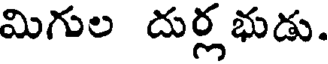
మిగుల దుర్లభుడు.